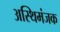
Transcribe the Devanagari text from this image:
अस्थिमंजक